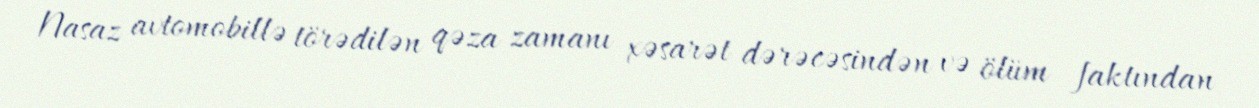
Nasaz avtomobillə törədilən qəza zamanı xəsarət dərəcəsindən və ölüm faktından